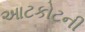
આટકોટની